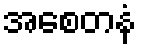
အစေတနံ